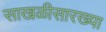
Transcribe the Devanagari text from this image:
साखळीसारख्या